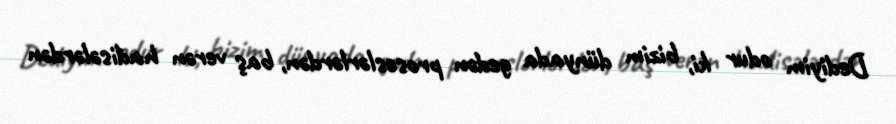
Dediyim odur ki, bizim dünyada gedən proseslərlərdən, baş verən hadisələrdən